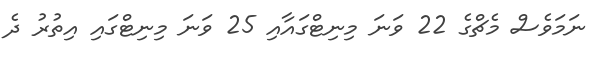
ނަމަވެސް މެޗްގެ 22 ވަނަ މިނިޓްގައާއި 25 ވަނަ މިނިޓްގައި އިތުރު ދެ